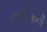
નાસિકની